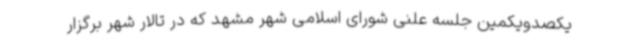
یکصدویکمین جلسه علنی شورای اسلامی شهر مشهد که در تالار شهر برگزار